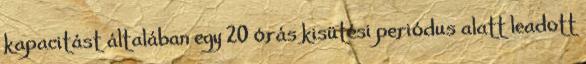
kapacitást általában egy 20 órás kisütési periódus alatt leadott